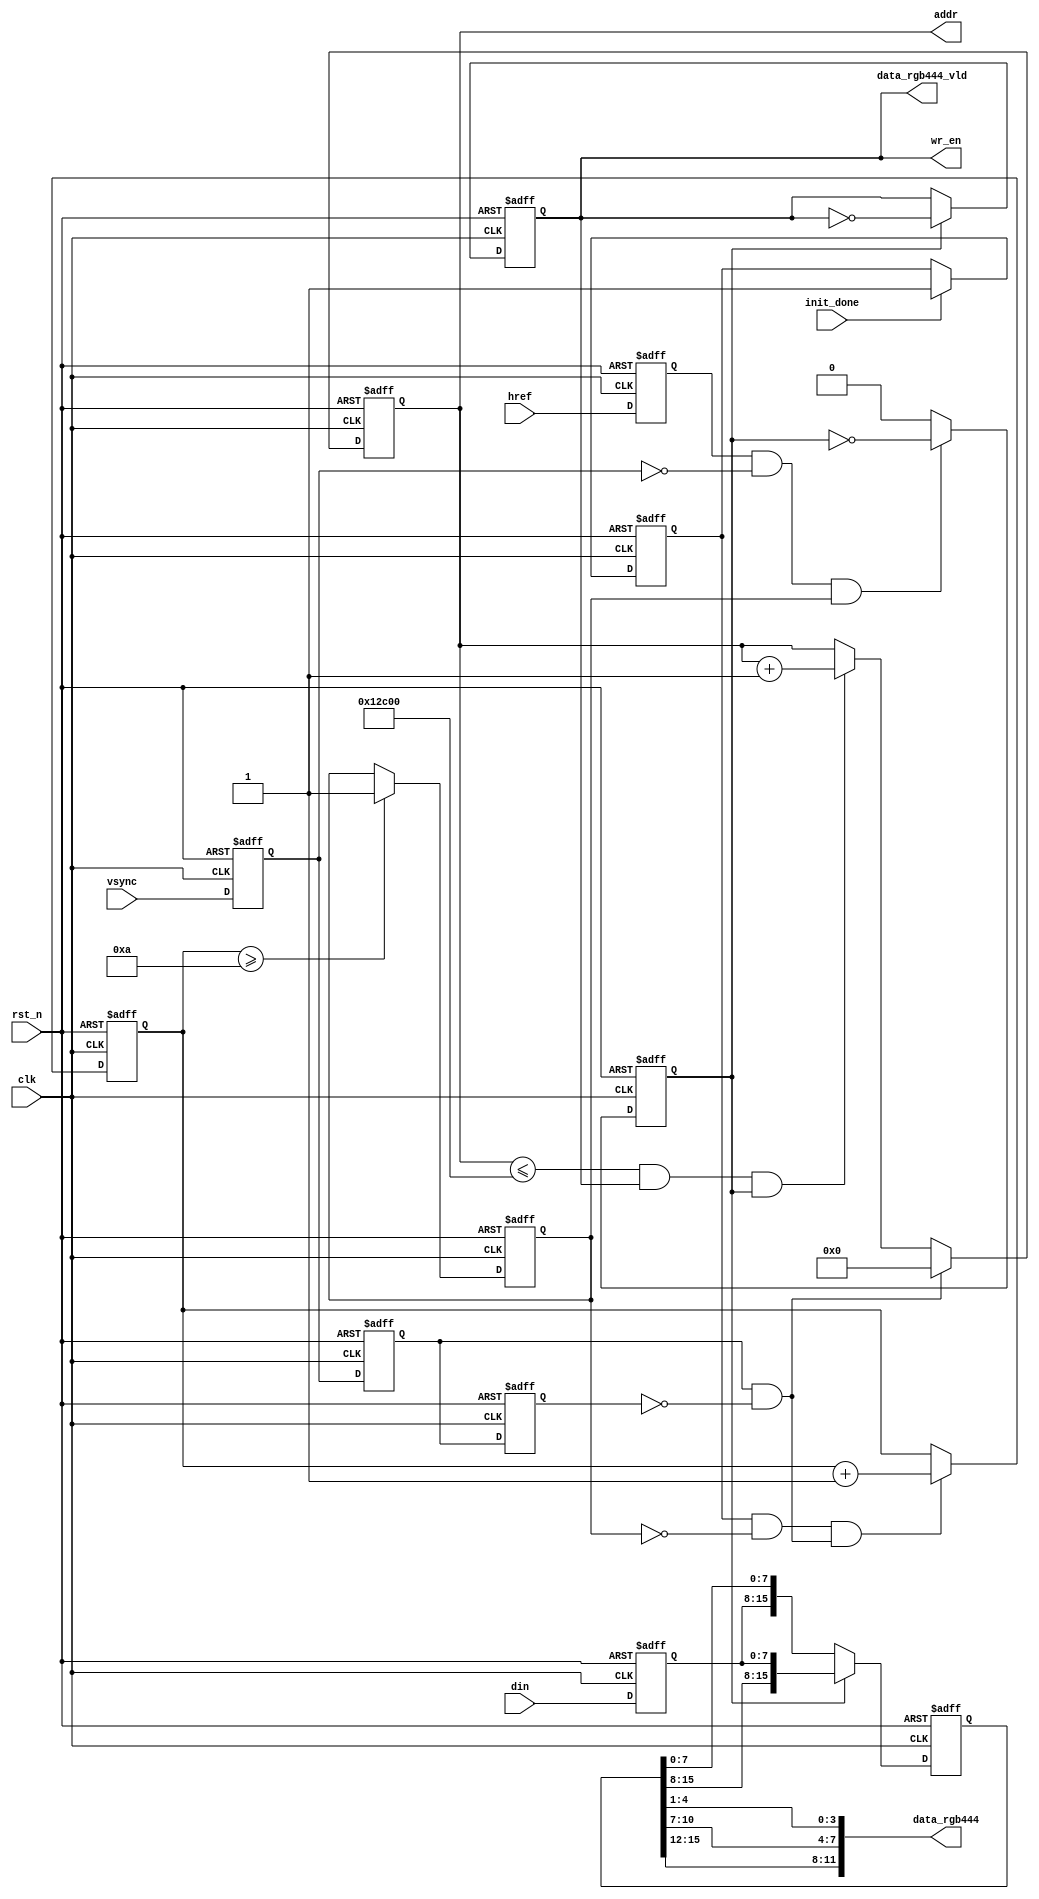
//OV7670 12 RGB444 
module format_converter (
    input clk, //pclk
    input rst_n, //
    input vsync, //
    input href, //
    input[7:0] din, //ov7670 
    input init_done, //ov7670

    output wire [11:0] data_rgb444, //RGB444 
    output reg data_rgb444_vld, //
    output reg [16:0] addr,//BRAM 
    output wire wr_en//BRAM
);

    reg vsync_r;
    reg href_r;
    reg [7:0] din_r;
    reg vsync_r_ff0;
    reg vsync_r_ff1;
    reg data_start;//
    reg[3:0]frame_cnt;//10
    reg frame_valid;//10
    wire vsync_r_pos;
    reg data_en;
    reg[15:0]data_rgb565;
    //RGB565RGB444 
    assign data_rgb444 ={data_rgb565 [15:12], data_rgb565[10:7],data_rgb565 [4:1]};
    assign wr_en =data_rgb444_vld;

    //
    always @ (posedge clk or negedge rst_n) begin
        if(!rst_n) begin
            vsync_r<=0; href_r <=0; din_r<=8'd0; 
        end
        else begin
            vsync_r <= vsync; href_r<=href; din_r <= din; 
        end 
    end

    //
    always @ (posedge clk or negedge rst_n) begin
        if(!rst_n) begin
            vsync_r_ff0<=0;
            vsync_r_ff1 <=0;
        end
        else begin
            vsync_r_ff0 <= vsync_r; 
            vsync_r_ff1 <=  vsync_r_ff0; 
        end 
    end

    assign vsync_r_pos =(vsync_r_ff0 && ~vsync_r_ff1); 

    always @ (posedge clk or negedge rst_n) begin
        if(!rst_n) begin
            data_start <=0; 
        end
        else if (init_done) begin
            data_start <=1; 
        end
        else begin
            data_start <= data_start;
        end
    end

    always @ (posedge clk or negedge rst_n) begin
        if(!rst_n) begin
            frame_cnt <=0; 
        end
        else if (data_start && frame_valid==0 && vsync_r_pos) begin
            frame_cnt <= frame_cnt +1'b1;
        end
        else begin
            frame_cnt <= frame_cnt ; 
        end 
    end

    always @ (posedge clk or negedge rst_n) begin
        if(! rst_n) begin
            frame_valid <=0;
        end 
        //1010 
        else if (frame_cnt >=10) begin
            frame_valid <=1;
        end
        else begin
            frame_valid <= frame_valid; 
        end 
    end

    always @ (posedge clk or negedge rst_n) begin
        if(!rst_n) begin
            data_en<=0; 
        end
        //
        //data_en01
        else if(href_r && ~vsync_r && frame_valid) begin
            data_en<=~data_en; 
        end
        else begin
            data_en <=0; 
        end
    end

    always @ (posedge clk or negedge rst_n) begin
        if(!rst_n) begin
            data_rgb444_vld <=0; 
        end
        //data_en01BRAM
        // 
        else if (data_en) begin
            data_rgb444_vld <=~data_rgb444_vld; 
        end
        else begin
            data_rgb444_vld <= data_rgb444_vld; 
        end

    end


    always @ (posedge clk or negedge rst_n)begin
        if(!rst_n)begin
            data_rgb565<=16'd0; 
        end
            //16RGB565 
        else if(data_en) begin
            data_rgb565 <={data_rgb565 [15:8],din_r}; 
        end
        else begin
            data_rgb565 <={din_r,data_rgb565 [7:0] };
        end 
    end

    always @ (posedge clk or negedge rst_n)begin
        if(!rst_n) begin
            addr <=0; 
        end
        // 
        else if (vsync_r_pos) begin
            addr <=0; 
        end
        //
        else if (addr <=76800 && data_rgb444_vld && data_en) begin
            addr <= addr +1'b1;
        end 
    end

endmodule